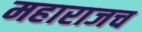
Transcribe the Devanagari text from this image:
महाराजच